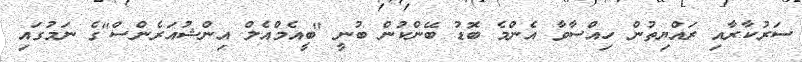
ސަރުކާރާއި ރައްޔިތުން ހިއްސާވާ އެންމެ ބޮޑު ބޭންކުން ބުނީ "ބީއެމްއެލް އިންޝުއަރެންސް"ގެ ނަމުގައި